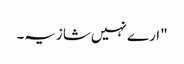
"ارے نہیں شازیہ۔